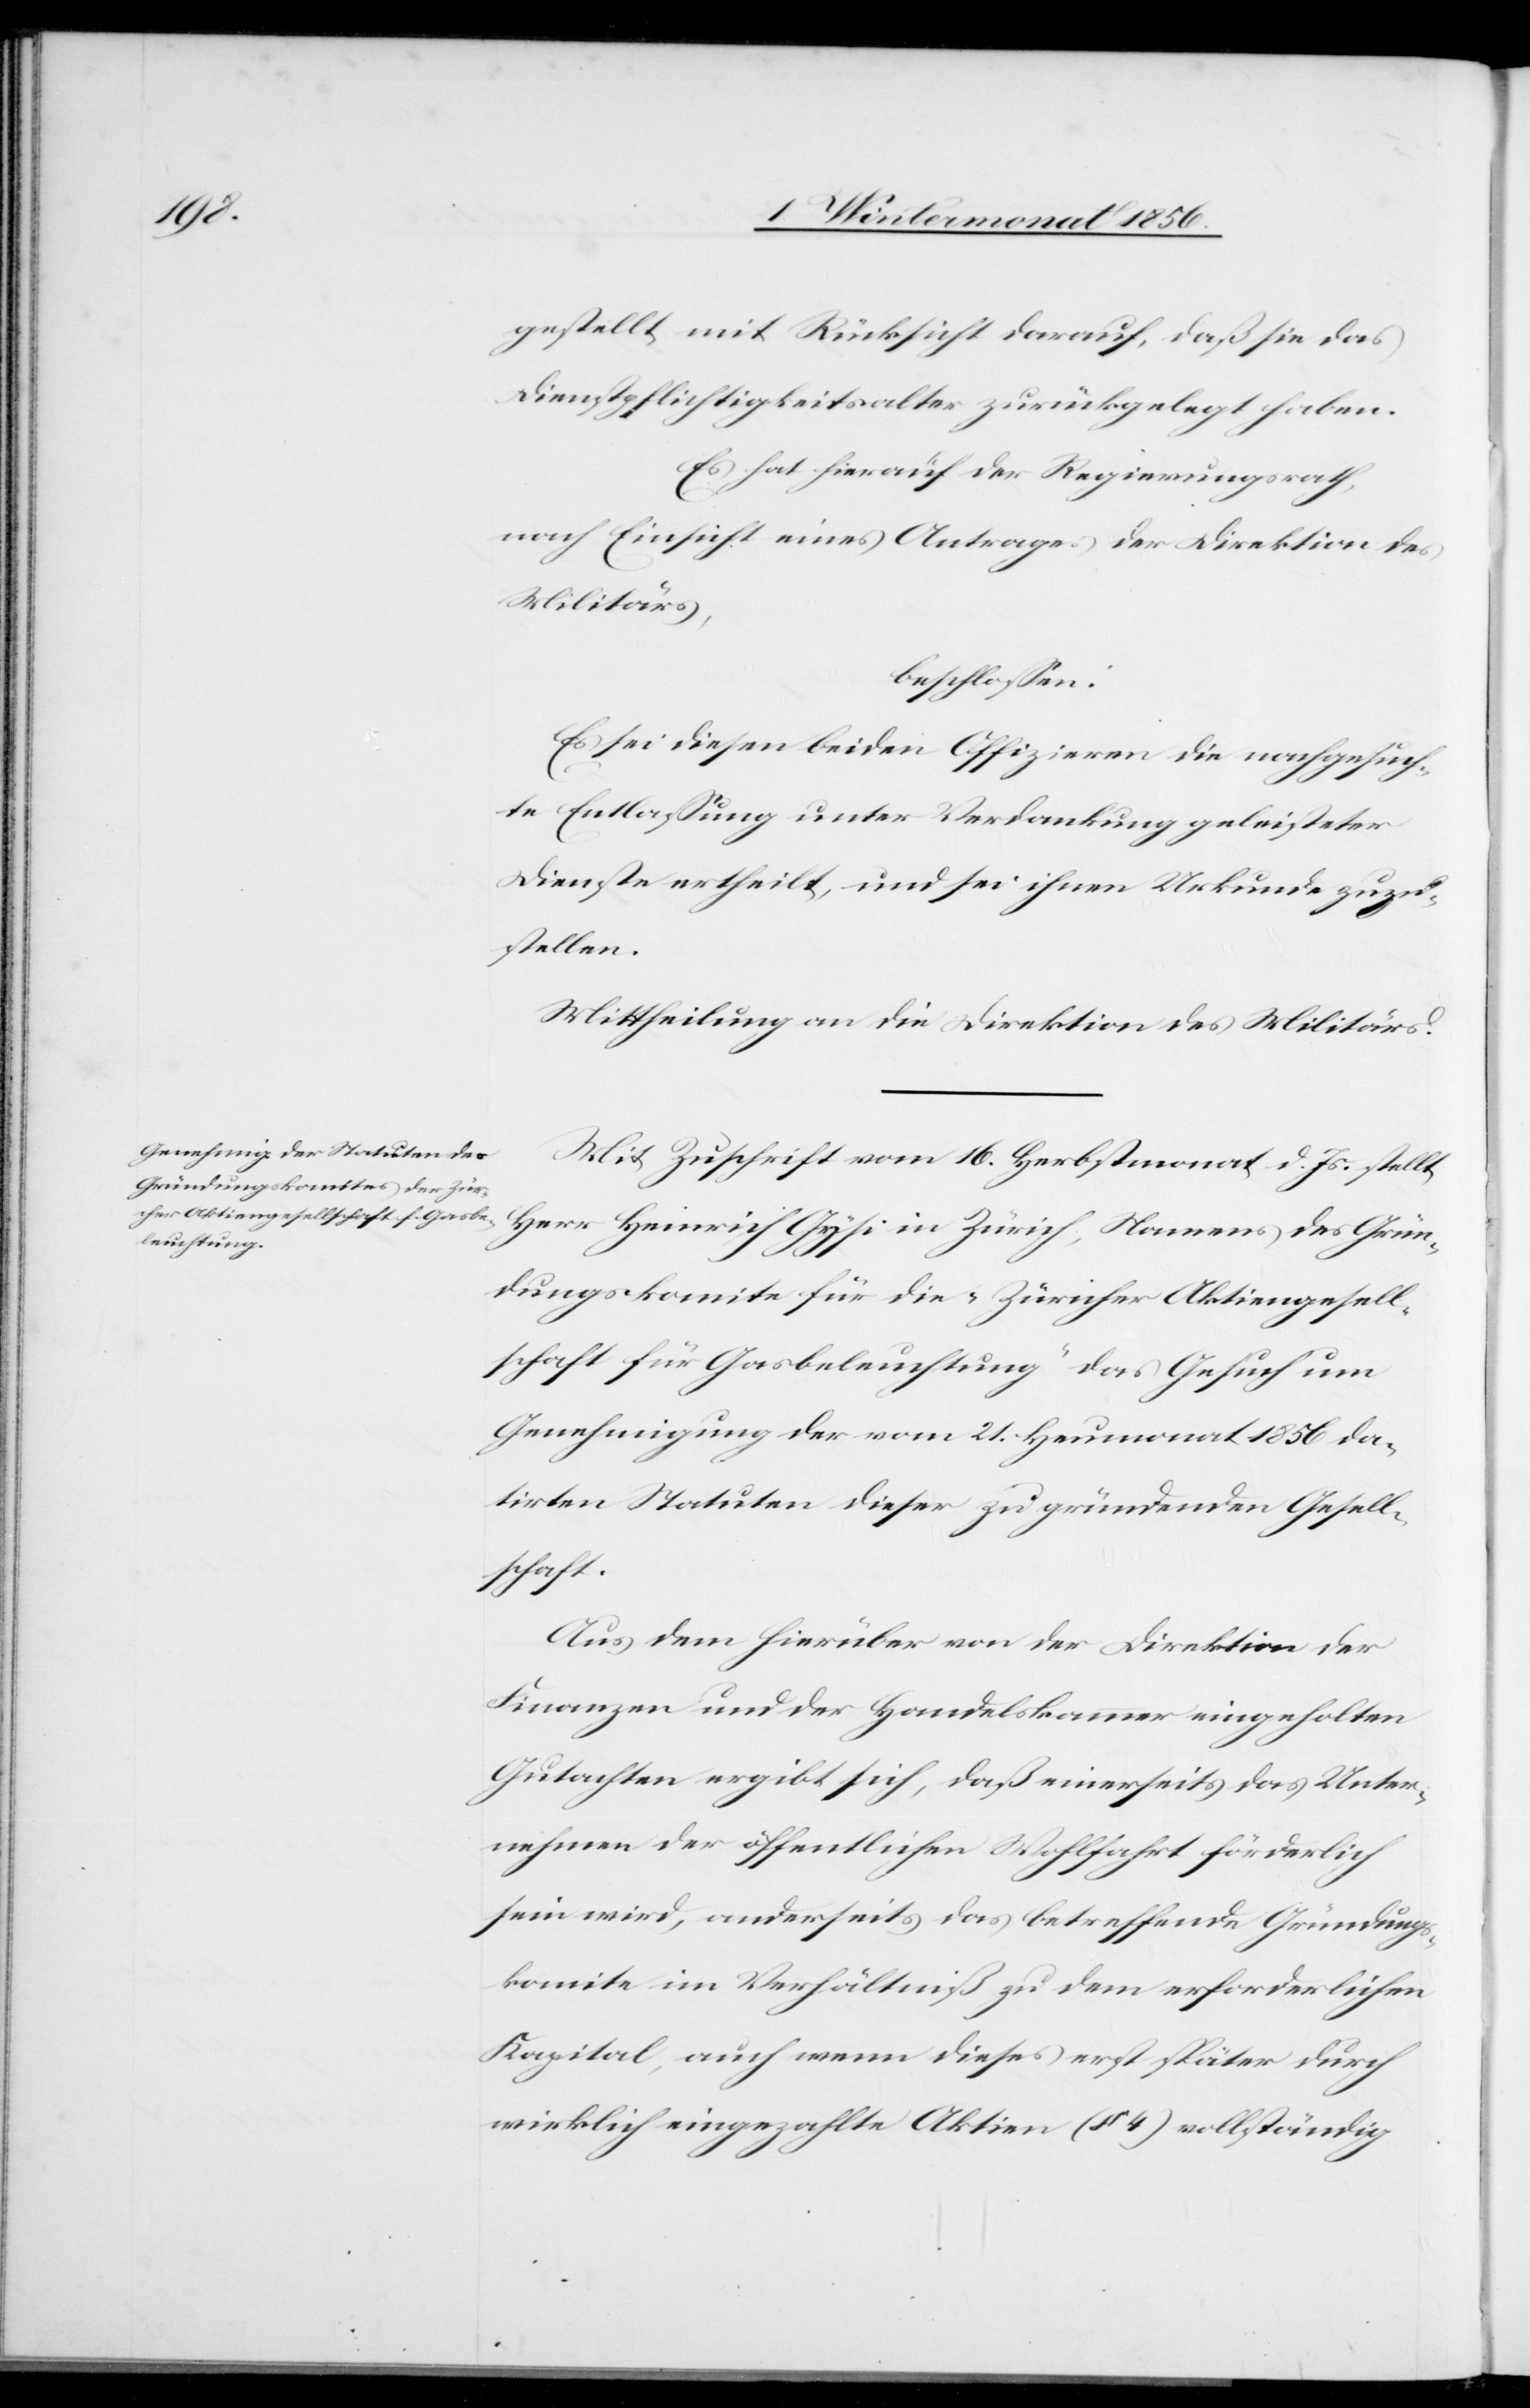
gestellt mit Rücksicht darauf, daß sie das
Dienstpflichtigkeitsalter zurückgelegt haben.
Es hat hierauf der Regierungsrath,
nach Einsicht eines Antrages der Direktion des
Militärs,
beschlossen:
Es sei diesen beiden Offizieren die nachgesuch¬
te Entlassung unter Verdankung geleisteter
Dienste ertheilt, und sei ihnen Urkunde zuzu¬
stellen.
Mittheilung an die Direktion des Militärs.
Mit Zuschrift vom 16. Herbstmonat d. Js. stellt
Herr Heinrich Gysi in Zürich, Namens des Grün¬
dungskomite für die „Züricher [sic!] Aktiengesell¬
schaft für Gasbeleuchtung“ das Gesuch um
Genehmigung der vom 21. Heumonat 1856 da¬
tirten Statuten dieser zu gründenden Gesell¬
schaft.
Aus dem hierüber von der Direktion der
Finanzen und der Handelskammer eingeholten
Gutachten ergibt sich, daß einerseits das Unter¬
nehmen der öffentlichen Wohlfahrt förderlich
sein wird, anderseits das betreffende Gründungs¬
komite im Verhältniß zu dem erforderlichen
Kapital, auch wenn dieses erst später durch
wirklich eingezahlte Aktien (§ 4) vollständig